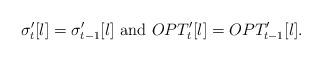
LaTeX: \begin{align*}\sigma_{t}^{\prime}[l]=\sigma_{t-1}^{\prime}[l]\mbox{ and } OPT_{t}^{\prime}[l]= OPT_{t-1}^{\prime}[l]. \end{align*}